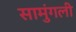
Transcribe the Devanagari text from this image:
सामुंगली